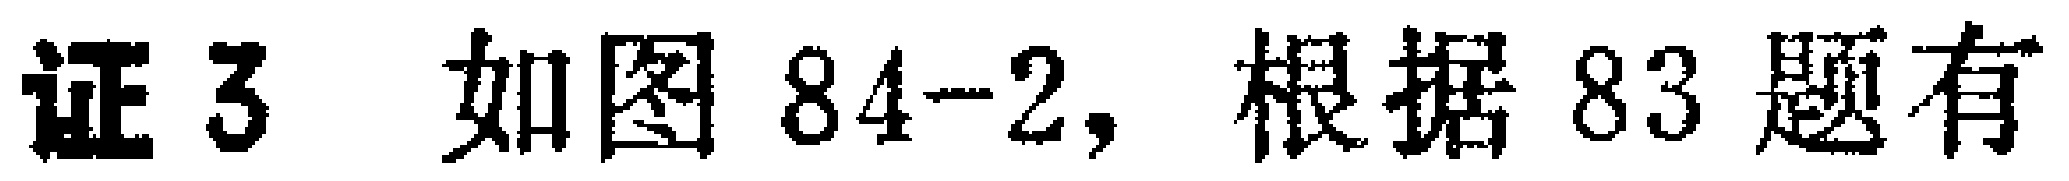
证 3 如图 84-2, 根据 83 题有